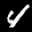
Label: 4